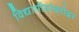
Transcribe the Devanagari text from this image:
विद्यापीठांबरोबर